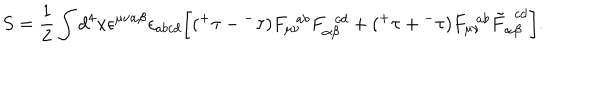
S = \frac { 1 } { 2 } \int d ^ { 4 } x \epsilon ^ { \mu \nu \alpha \beta } \epsilon _ { a b c d } \bigg [ ( { ^ + } \tau - { ^ - } \tau ) F _ { \mu \nu } ^ { ~ ~ a b } F _ { \alpha \beta } ^ { ~ ~ c d } + ( { ^ + } \tau + { ^ - } \tau ) F _ { \mu \nu } ^ { ~ ~ a b } \tilde { F } _ { \alpha \beta } ^ { ~ ~ c d } \bigg ] .